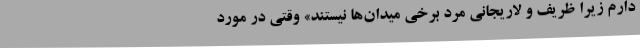
دارم زیرا ظریف و لاریجانی مرد برخی میدان‌ها نیستند» وقتی در مورد